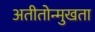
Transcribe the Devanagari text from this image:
अतीतोन्मुखता